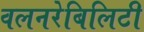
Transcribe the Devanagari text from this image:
वलनरेबिलिटी